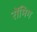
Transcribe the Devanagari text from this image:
रोंमिग